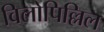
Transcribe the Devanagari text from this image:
विलोपिल्लिल